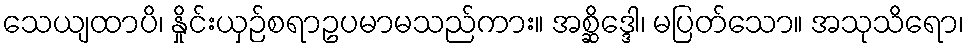
သေယျထာပိ၊ နှိုင်းယှဉ်စရာဥပမာမသည်ကား။ အစ္ဆိဒ္ဒေါ၊ မပြတ်သော။ အသုသိရော၊